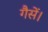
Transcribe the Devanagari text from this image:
गैसें।